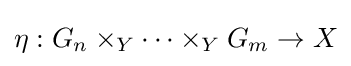
\eta :G_{n}\times _{Y}\dots \times _{Y}G_{m}\to X